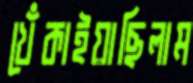
খেঁকাইয়াছিলাম